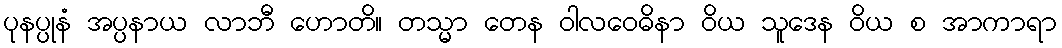
ပုနပ္ပုနံ အပ္ပနာယ လာဘီ ဟောတိ။ တသ္မာ တေန ဝါလဝေဓိနာ ဝိယ သူဒေန ဝိယ စ အာကာရာ